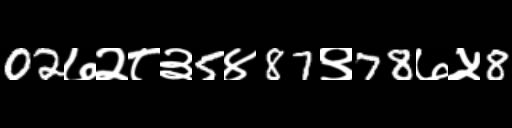
Text: 02७२८३5४87९78७५8